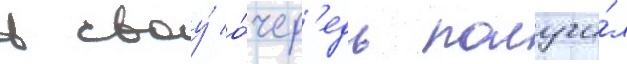
в своу́ о́чер'едь получи́л